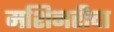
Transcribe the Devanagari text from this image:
मशिनरीचा